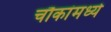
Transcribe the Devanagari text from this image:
चौकांमध्ये